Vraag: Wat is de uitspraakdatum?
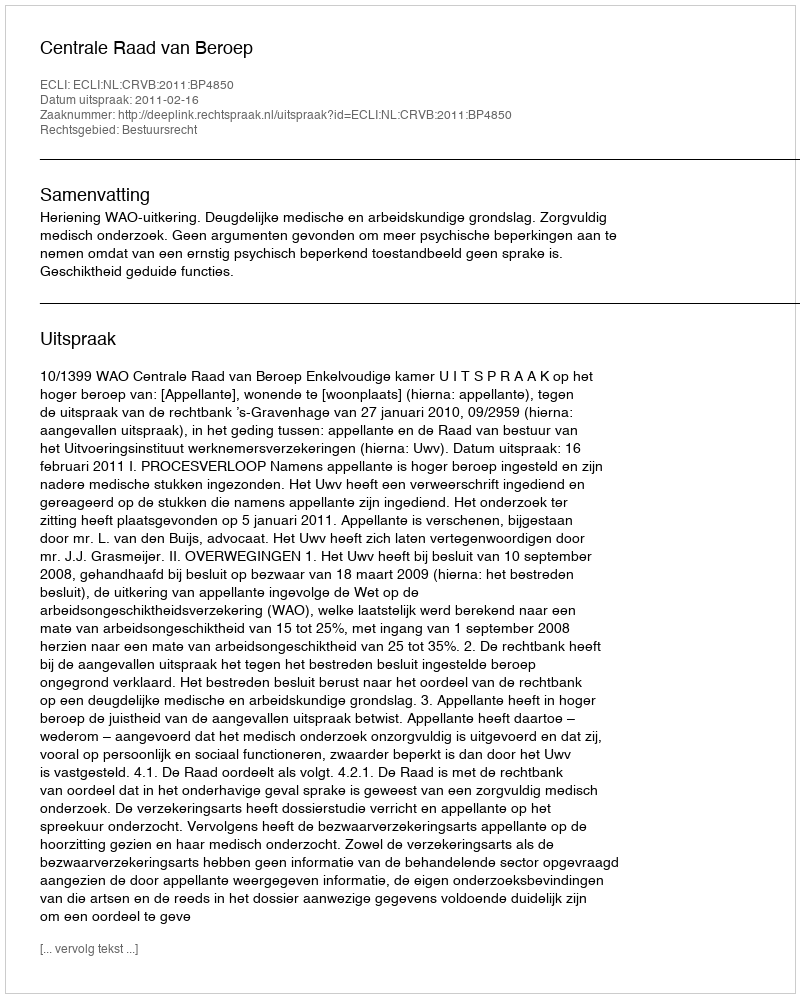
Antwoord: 2011-02-16